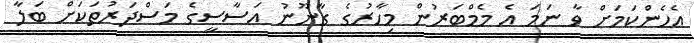
އެހެންކަމަށް ވާ ނަމަ އެ މެމްބަރުން މިހާރުގެ ގާނޫނު އަސާސީގެ މަސްދަރުތަކަށް ބަލާ